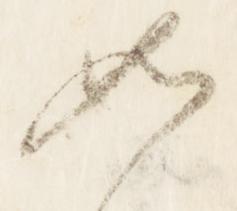
如